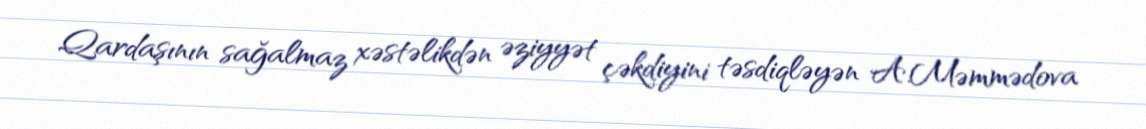
Qardaşının sağalmaz xəstəlikdən əziyyət çəkdiyini təsdiqləyən A.Məmmədova